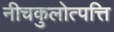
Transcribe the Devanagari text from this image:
नीचकुलोत्पत्ति